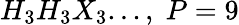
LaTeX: H_{3}H_{3}X_{3}...,\; P=9